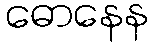
ဓောနေန